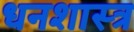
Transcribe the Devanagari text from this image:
धनशास्त्र